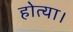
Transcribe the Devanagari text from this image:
होत्या।